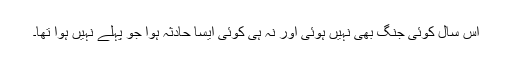
اس سال کوئی جنگ بھی نہیں ہوئی اور نہ ہی کوئی ایسا حادثہ ہوا جو پہلے نہیں ہوا تھا۔